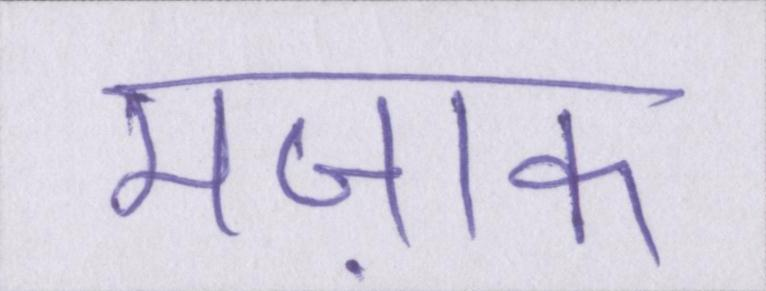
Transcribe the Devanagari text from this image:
मज़ाक